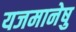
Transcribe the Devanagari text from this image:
यजमानेषु